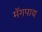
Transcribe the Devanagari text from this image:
मॅगपाय